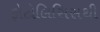
ફોટોલિસિસથી